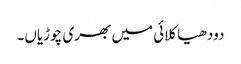
دودھیا کلائی میں بھری چوڑیاں۔